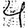
Digit: 4